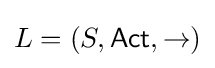
L=(S,{\mathsf {Act}},\rightarrow )